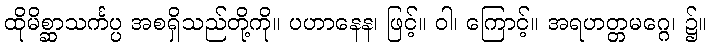
ထိုမိစ္ဆာသင်္ကပ္ပ အစရှိသည်တို့ကို။ ပဟာနေန၊ ဖြင့်။ ဝါ၊ ကြောင့်။ အရဟတ္တမဂ္ဂေ၊ ၌။